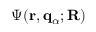
\Psi ( \mathbf { r } , { \bf q } _ { \alpha } ; \mathbf { R } )